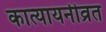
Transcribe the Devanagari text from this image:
कात्यायनीव्रत